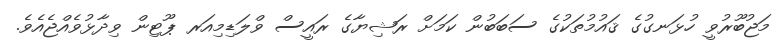
މަޖުބޫރުވީ ހުޅަނގުގެ ޤައުމުތަކުގެ ސަބަބުން ކަމަށް ރަޝިޔާގެ ރައީސް ވްލަޑިމިއަރ ޕޫޓިން ވިދާޅުވެއްޖެއެވެ.